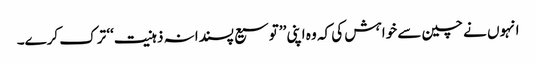
انہوں نے چین سے خواہش کی کہ وہ اپنی ’’توسیع پسندانہ ذہنیت‘‘ ترک کرے۔